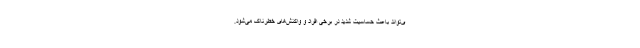
ی‌تواند باعث حساسیت شدید در برخی افراد و واکنش‌های خطرناک می‌شود.